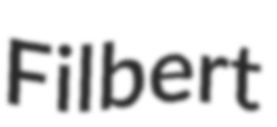
Filbert